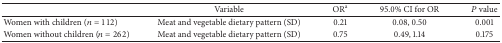
|  | Variable | ORa | 95.0% CI for OR | P value |
 | --- | --- | --- | --- | --- |
 | Women with children (n = 112) | Meat and vegetable dietary pattern (SD) | 0.21 | 0.08, 0.50 | 0.001 |
 | Women without children (n = 262) | Meat and vegetable dietary pattern (SD) | 0.75 | 0.49, 1.14 | 0.175 |